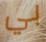
بي